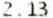
2.13